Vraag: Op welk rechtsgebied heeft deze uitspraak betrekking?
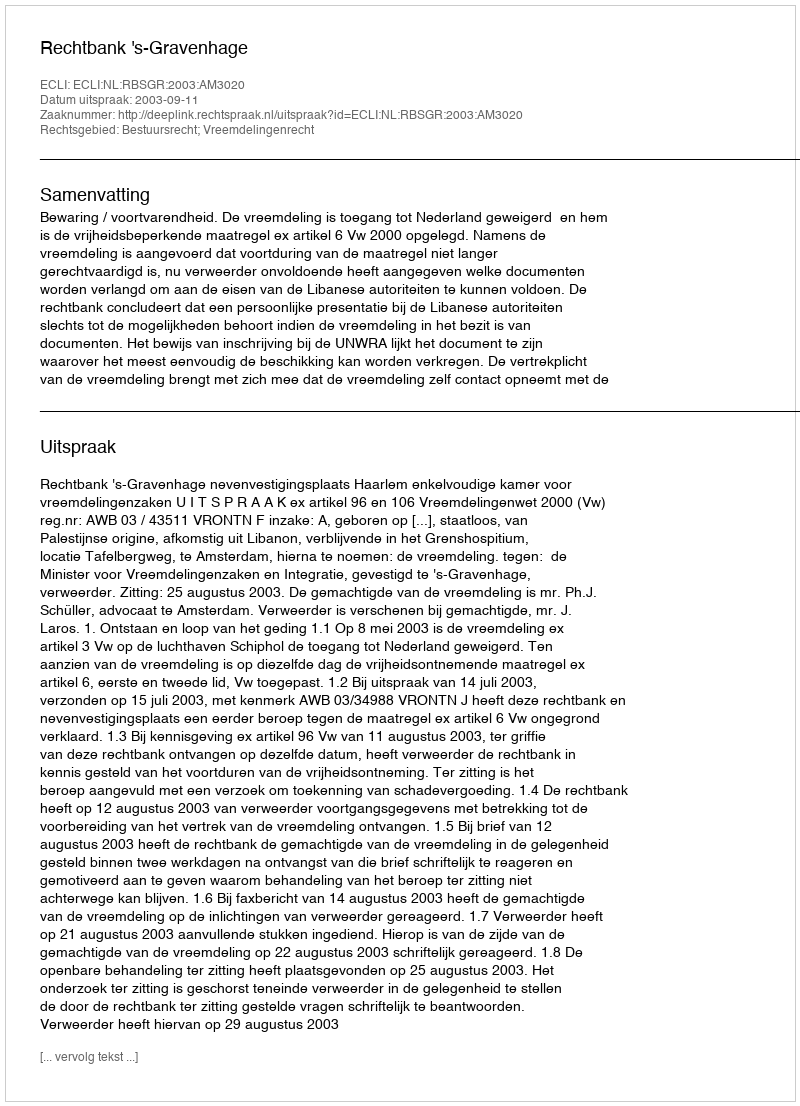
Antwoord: Bestuursrecht; Vreemdelingenrecht